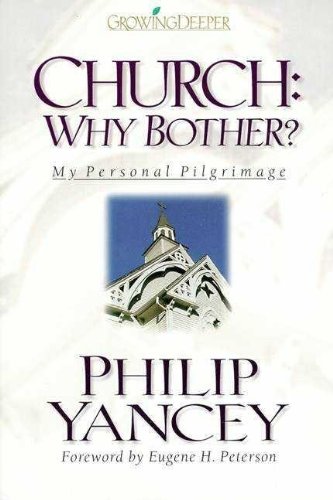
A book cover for Church: Why Bother?; Philip Yancey; Christian Books & Bibles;